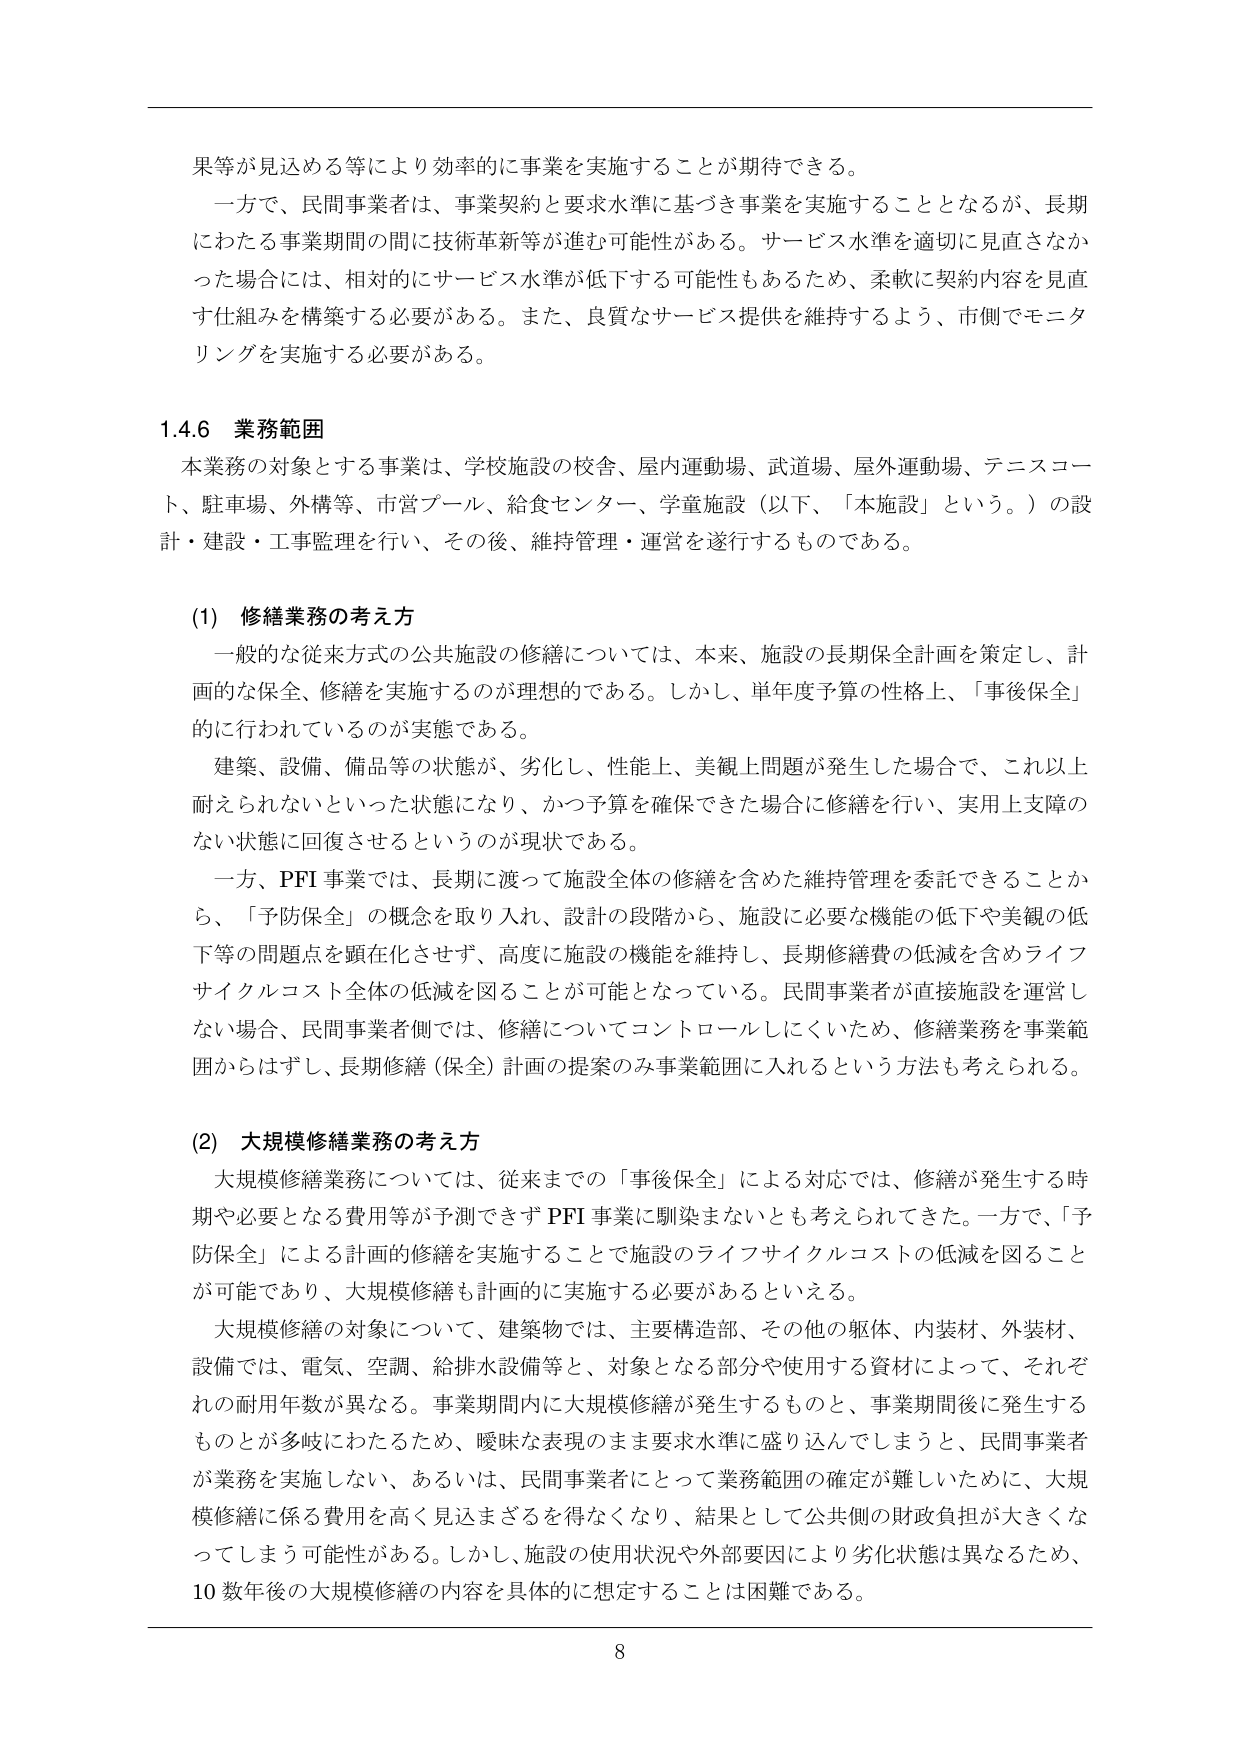
果等が見込める等により効率的に事業を実施することが期待できる。

一方で、民間事業者は、事業契約と要求水準に基づき事業を実施することとなるが、長期にわたる事業期間の間に技術革新等が進む可能性がある。サービス水準を適切に見直さなかった場合には、相対的にサービス水準が低下する可能性もあるため、柔軟に契約内容を見直す仕組みを構築する必要がある。また、良質なサービス提供を維持するよう、市側でモニタリングを実施する必要がある。

1.4.6 業務範囲

本業務の対象とする事業は、学校施設の校舎、屋内運動場、武道場、屋外運動場、テニスコート、駐車場、外構等、市営プール、給食センター、学童施設（以下、「本施設」という。）の設計・建設・工事監理を行い、その後、維持管理・運営を遂行するものである。

(1) 修繕業務の考え方

一般的な従来方式の公共施設の修繕については、本来、施設の長期保全計画を策定し、計画的な保全、修繕を実施するのが理想的である。しかし、単年度予算の性格上、「事後保全」的に行われているのが実態である。

建築、設備、備品等の状態が、劣化し、性能上、美観上問題が発生した場合で、これ以上耐えられないといった状態になり、かつ予算を確保できた場合に修繕を行い、実用上支障のない状態に回復させるというのが現状である。

一方、PFI 事業では、長期に渡って施設全体の修繕を含めた維持管理を委託できることから、「予防保全」の概念を取り入れ、設計の段階から、施設に必要な機能の低下や美観の低下等の問題点を顕在化させず、高度に施設の機能を維持し、長期修繕費の低減を含めライフサイクルコスト全体の低減を図ることが可能となっている。民間事業者が直接施設を運営しない場合、民間事業者側では、修繕についてコントロールしにくいため、修繕業務を事業範囲からはずし、長期修繕（保全）計画の提案のみ事業範囲に入れるという方法も考えられる。

(2) 大規模修繕業務の考え方

大規模修繕業務については、従来までの「事後保全」による対応では、修繕が発生する時期や必要となる費用等が予測できず PFI 事業に馴染まないとも考えられてきた。一方で、「予防保全」による計画的修繕を実施することで施設のライフサイクルコストの低減を図ることが可能であり、大規模修繕も計画的に実施する必要があるといえる。

大規模修繕の対象について、建築物では、主要構造部、その他の躯体、内装材、外装材、設備では、電気、空調、給排水設備等と、対象となる部分や使用する資材によって、それぞれの耐用年数が異なる。事業期間内に大規模修繕が発生するものと、事業期間後に発生するものとが多岐にわたるため、曖昧な表現のまま要求水準に盛り込んでしまうと、民間事業者が業務を実施しない、あるいは、民間事業者にとって業務範囲の確定が難しいために、大規模修繕に係る費用を高く見込まざるを得なくなり、結果として公共側の財政負担が大きくなってしまう可能性がある。しかし、施設の使用状況や外部要因により劣化状態は異なるため、10 数年後の大規模修繕の内容を具体的に想定することは困難である。

8